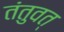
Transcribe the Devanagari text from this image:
तंतुवत्